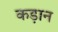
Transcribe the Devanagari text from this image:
कड़ान